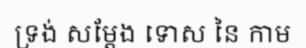
ទ្រង់ សម្តែង ទោស នៃ កាម